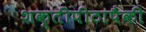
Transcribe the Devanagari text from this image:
शक्तीपीठापैकी